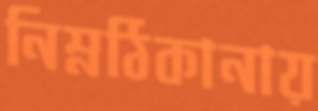
নিম্নঠিকানায়